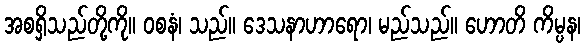
အစရှိသည်တို့ကို။ ဝစနံ၊ သည်။ ဒေသနာဟာရော၊ မည်သည်။ ဟောတိ ကိမ္ပန၊